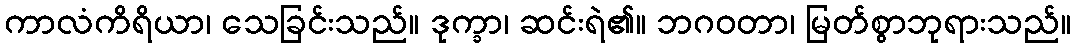
ကာလံကိရိယာ၊ သေခြင်းသည်။ ဒုက္ခာ၊ ဆင်းရဲ၏။ ဘဂဝတာ၊ မြတ်စွာဘုရားသည်။